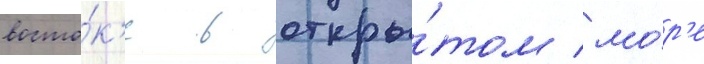
восто́к'е в откры́том мо́р'е